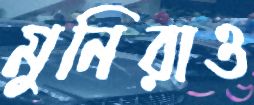
মুনিরাও